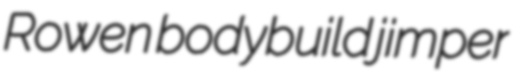
Rowen bodybuild jimper